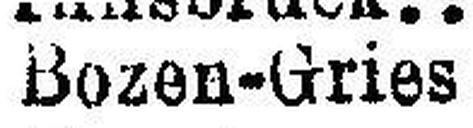
Bozen-Gries